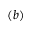
( b )